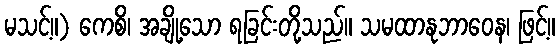
မသင့်။) ကေစိ၊ အချို့သော ရခြင်းတို့သည်။ သမထာနုဘာဝေန၊ ဖြင့်။